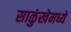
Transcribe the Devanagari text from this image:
साळुंखेमध्ये